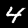
Label: 4